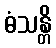
ဓံသန္တိ